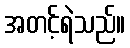
အတင့်ရဲသည်။